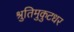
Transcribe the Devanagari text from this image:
श्रुतिमुकुटधर